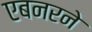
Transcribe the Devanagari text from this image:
एबनरने